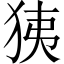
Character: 㹫